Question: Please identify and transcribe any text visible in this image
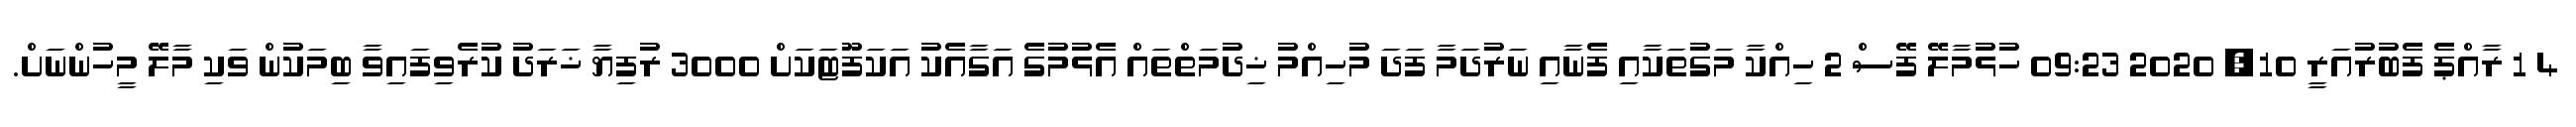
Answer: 4 1 ރާއްޕެ ފެބުރުއަރީ 10, 2020 09:23 ހުޅުމާލޭ ފޭސް 2 ހިއްކާ މަގުތަކާއި ފެނާއި ނަރުދަމާ ފަދަ މުހިއްމު ޚިދުމަތްތައް އެޅުމުގެ އަގާއެކު އަކަފޫޓަކަށް 3000 ރުފިޔާ ޚަރަދު ކުރެވިފައިވާ ބިމަކުން ވަކި މާލޭ މީހުންނަށް.